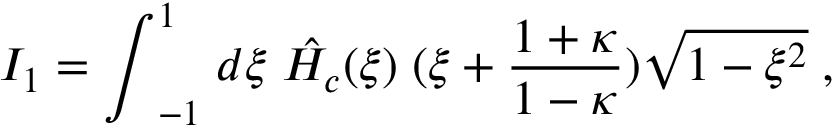
I _ { 1 } = { \int } _ { - 1 } ^ { 1 } \; d { \xi } \; \hat { H _ { c } } ( \xi ) \; ( \xi + \frac { 1 + \kappa } { 1 - \kappa } ) \sqrt { 1 - \xi ^ { 2 } } \; ,